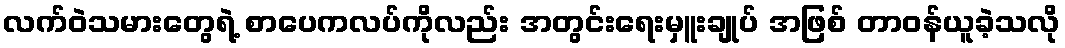
လက်ဝဲသမားတွေရဲ့ စာပေကလပ်ကိုလည်း အတွင်းရေးမှူးချုပ် အဖြစ် တာဝန်ယူခဲ့သလို